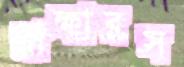
দ্রাক্ষারস